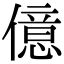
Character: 億